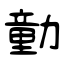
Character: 勭